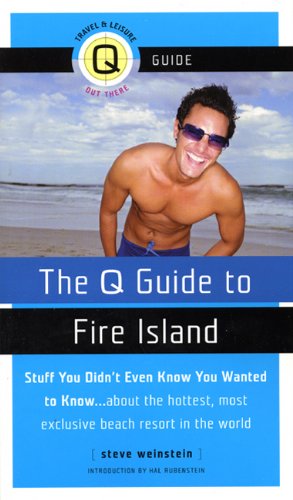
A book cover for The Q Guide to Fire Island; Steve Weinstein; Gay & Lesbian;